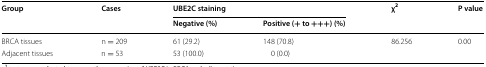
<table><thead><tr><td rowspan="2"><b>Group</b></td><td rowspan="2"><b>Cases</b></td><td colspan="2"><b>UBE2C staining</b></td><td rowspan="2"><b>χ<sup>2</sup></b></td><td rowspan="2"><b>P value</b></td></tr><tr><td><b>Negative (%)</b></td><td><b>Positive (+ to +++) (%)</b></td></tr></thead><tbody><tr><td>BRCA tissues</td><td>n = 209</td><td>61 (29.2)</td><td>148 (70.8)</td><td>86.256</td><td>0.00</td></tr><tr><td>Adjacent tissues</td><td>n = 53</td><td>53 (100.0)</td><td>0 (0.0)</td><td></td><td></td></tr></tbody></table>